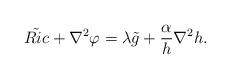
LaTeX: \begin{align*}\tilde{Ric}+\nabla^2\varphi=\lambda \tilde{g}+\frac{\alpha}{h}\nabla^2h.\end{align*}